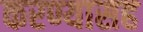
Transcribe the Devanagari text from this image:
करण्यासह